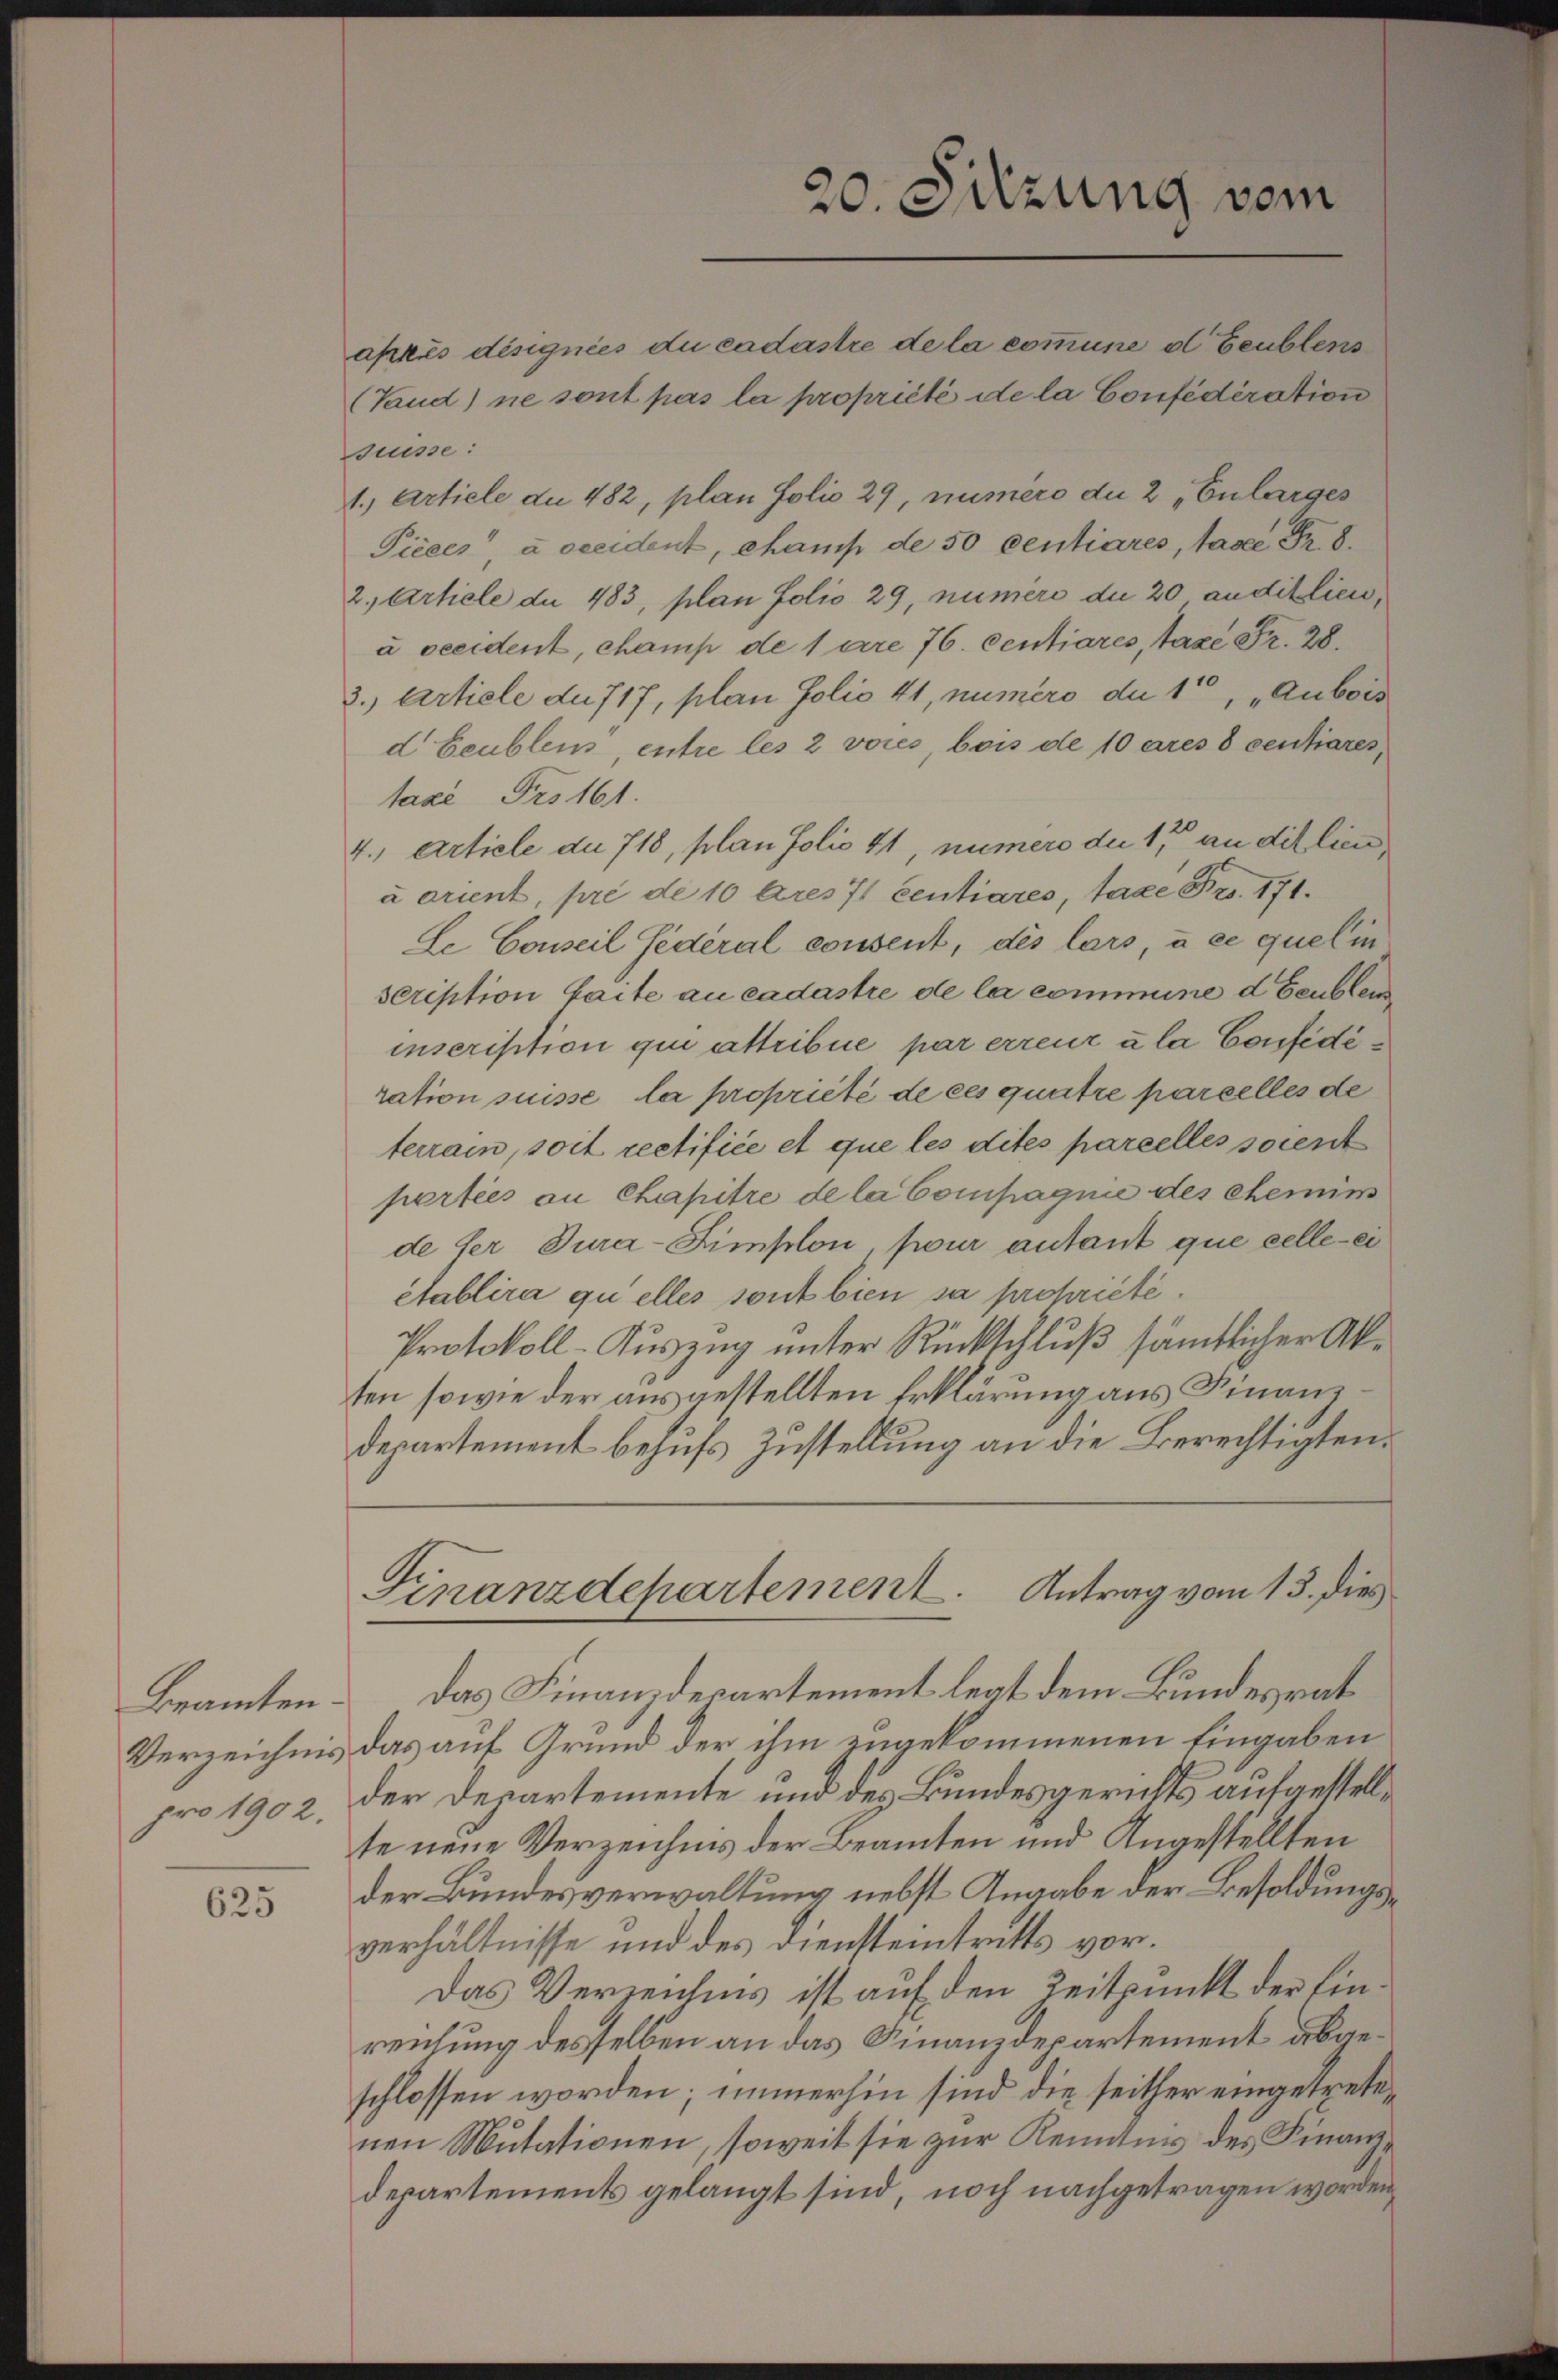
Beamten.
pro 1902.

625

20. Sitzung vom

apkes désignées du cadastre de la commune d Feublens
(Vand) ne sont pas la propriété de la Confédération
suisse:
1., Article du 482, plan folio 29, numero du 2 „Enlarges
Picees a occident, champ de 50 centiares, tadel Fr. 8.
2., Article du 483, plan folio 29, numero die 20 auditlieu,
à beeident, champ de 1 are 76. Centiares, taxe Fr. 28.
3.) Artiele du 717, plan folio 41, numero du 10, „Aubois
d Beublen, entre les 2 voces, bois de 10 ares 8 centiares,
taxe Fro 161.
4., Article an 718, plan folio 41, numero die 17 an die lien,
à orient, pre de 10 Ares 71 centiares, taxe Fro. 171.
Le Conseil Federal consent, des lars, à ce quel in
scription faite au cadastre de la commine d Feublen
inserisition qui attribue par erreuz ula Confidiration suisse, la propriété de ces quatre parcelles de
terrain, soit rectifiée et que les dites parcelles soient
parties an Chapitre de la Compagnie des chemin
de der Tura-Simplon, pour autant que celle eiétablira quelles sont bien sa propriété.
Protokoll-Auszug unter Rückschluß sämtlicher Akten sowie der ausgestellten Erklärung aus Finanz¬
Departement behufs Zustellung an die Berechtigten.

Finanzdepartement. Antrag vom 13. dies

Das Finanzdepartement legt dem Bundesrat
Verzeichnis das auf Grund der ihm zugekommenen Eingaben
der Departemente und des Bundesgerichts aufgestellte neue Verzeichnis der Beamten und Angestellten
der Bundesverwaltung nebst Angabe der Besoldungsverhältnisse und des Diensteintritts vor.
Das Verzeichnis ist auf den Zeitpunkt der Einreichung desselben an das Finanzdepartement abgeschlossen worden; immerhin sind die seither eingetretenen Mutationen, soweit sie zur Kenntnis des Finanzdepartements gelangt sind, noch nachgetragen worden,